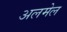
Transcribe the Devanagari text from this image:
अलमेल